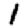
Digit: 1